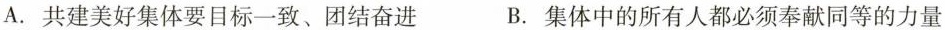
A.共建美好集体要目标一致、团结奋进 B.集体中的所有人都必须奉献同等的力量